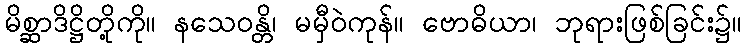
မိစ္ဆာဒိဋ္ဌိတို့ကို။ နသေဝန္တိ၊ မမှီဝဲကုန်။ ဗောဓိယာ၊ ဘုရားဖြစ်ခြင်း၌။